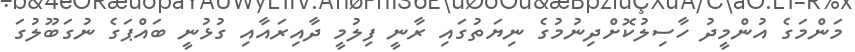
މަންމަގެ އުންމީދު ހާސިލުކޮށްދިނުމުގެ ނިޔަތުގައި ރާނީ ފިލުމީ ދާއިރައާއި ގުޅުނީ ބައްޕަގެ ނުގަބޫލުގަ